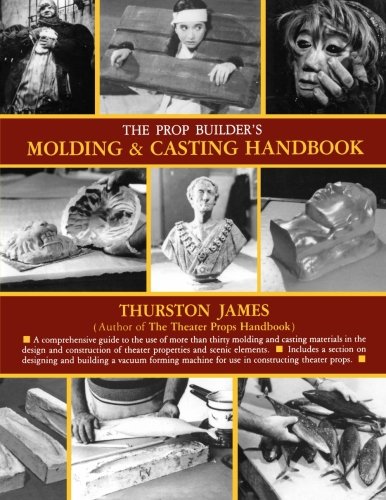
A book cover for The Prop Builder's Molding & Casting Handbook; Thurston James; Humor & Entertainment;